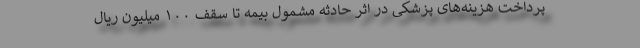
پرداخت هزینه‌های پزشکی در اثر حادثه مشمول بیمه تا سقف ۱۰۰ میلیون ریال